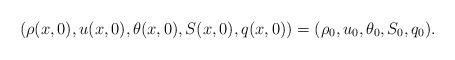
LaTeX: \begin{align*}(\rho(x,0),u(x,0),\theta(x,0),S(x,0),q(x,0))=(\rho_0,u_0,\theta_0,S_0,q_0).\end{align*}